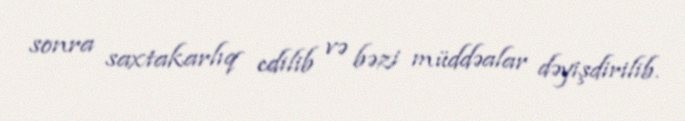
sonra saxtakarlıq edilib və bəzi müddəalar dəyişdirilib.